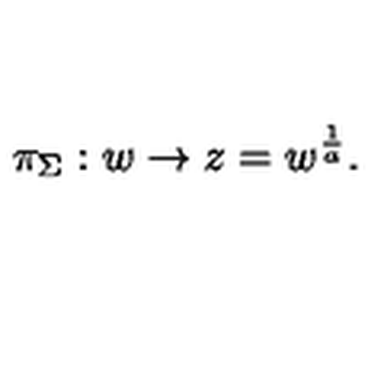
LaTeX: \pi _ { \Sigma } : w \to z = w ^ { { \frac { 1 } { a } } } .